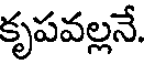
కృపవల్లనే